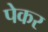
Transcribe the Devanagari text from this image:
पेकर